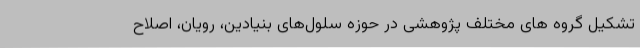
تشکیل گروه های مختلف پژوهشی در حوزه سلول‌های بنیادین، رویان، اصلاح